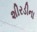
શીરડીના